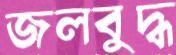
জলবুদ্ধ